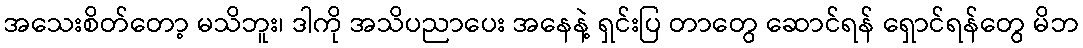
အသေးစိတ်တော့ မသိဘူး၊ ဒါကို အသိပညာပေး အနေနဲ့ ရှင်းပြ တာတွေ ဆောင်ရန် ရှောင်ရန်တွေ မိဘ